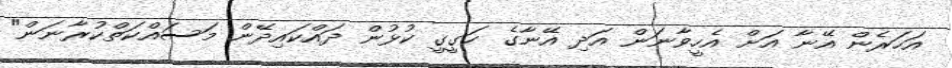
އަހަރެން އޭނާ އަށް އެހީވާނަން އަދި އޭނާގެ ހަގީގީ ކުޅުން ދައްކައިދޭން މަސައްކަތްކުރާނަން"